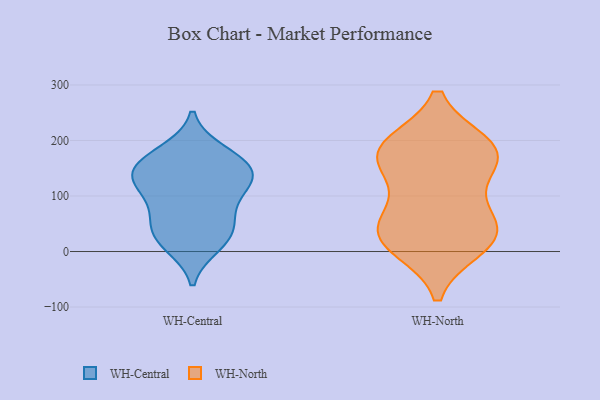
{"axis": {"x": "Budget (USD K)", "y": "Value"}, "legend": ["WH-Central", "WH-North"], "data": [{"x": "", "y": 105, "type": "WH-Central"}, {"x": "", "y": 120, "type": "WH-Central"}, {"x": "", "y": 134, "type": "WH-Central"}, {"x": "", "y": 68, "type": "WH-Central"}, {"x": "", "y": 30, "type": "WH-Central"}, {"x": "", "y": 168, "type": "WH-Central"}, {"x": "", "y": 151, "type": "WH-Central"}, {"x": "", "y": 56, "type": "WH-Central"}, {"x": "", "y": 129, "type": "WH-Central"}, {"x": "", "y": 151, "type": "WH-Central"}, {"x": "", "y": 179, "type": "WH-Central"}, {"x": "", "y": 25, "type": "WH-Central"}, {"x": "", "y": 12, "type": "WH-Central"}, {"x": "", "y": 164, "type": "WH-North"}, {"x": "", "y": 23, "type": "WH-North"}, {"x": "", "y": 32, "type": "WH-North"}, {"x": "", "y": 179, "type": "WH-North"}, {"x": "", "y": 179, "type": "WH-North"}, {"x": "", "y": 10, "type": "WH-North"}, {"x": "", "y": 39, "type": "WH-North"}, {"x": "", "y": 179, "type": "WH-North"}, {"x": "", "y": 102, "type": "WH-North"}, {"x": "", "y": 47, "type": "WH-North"}, {"x": "", "y": 190, "type": "WH-North"}]}